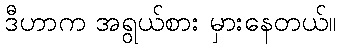
ဒီဟာက အရွယ်စား မှားနေတယ်။